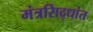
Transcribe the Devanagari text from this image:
मंत्रसिद्धांत